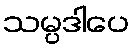
သမ္ပဒါပေ